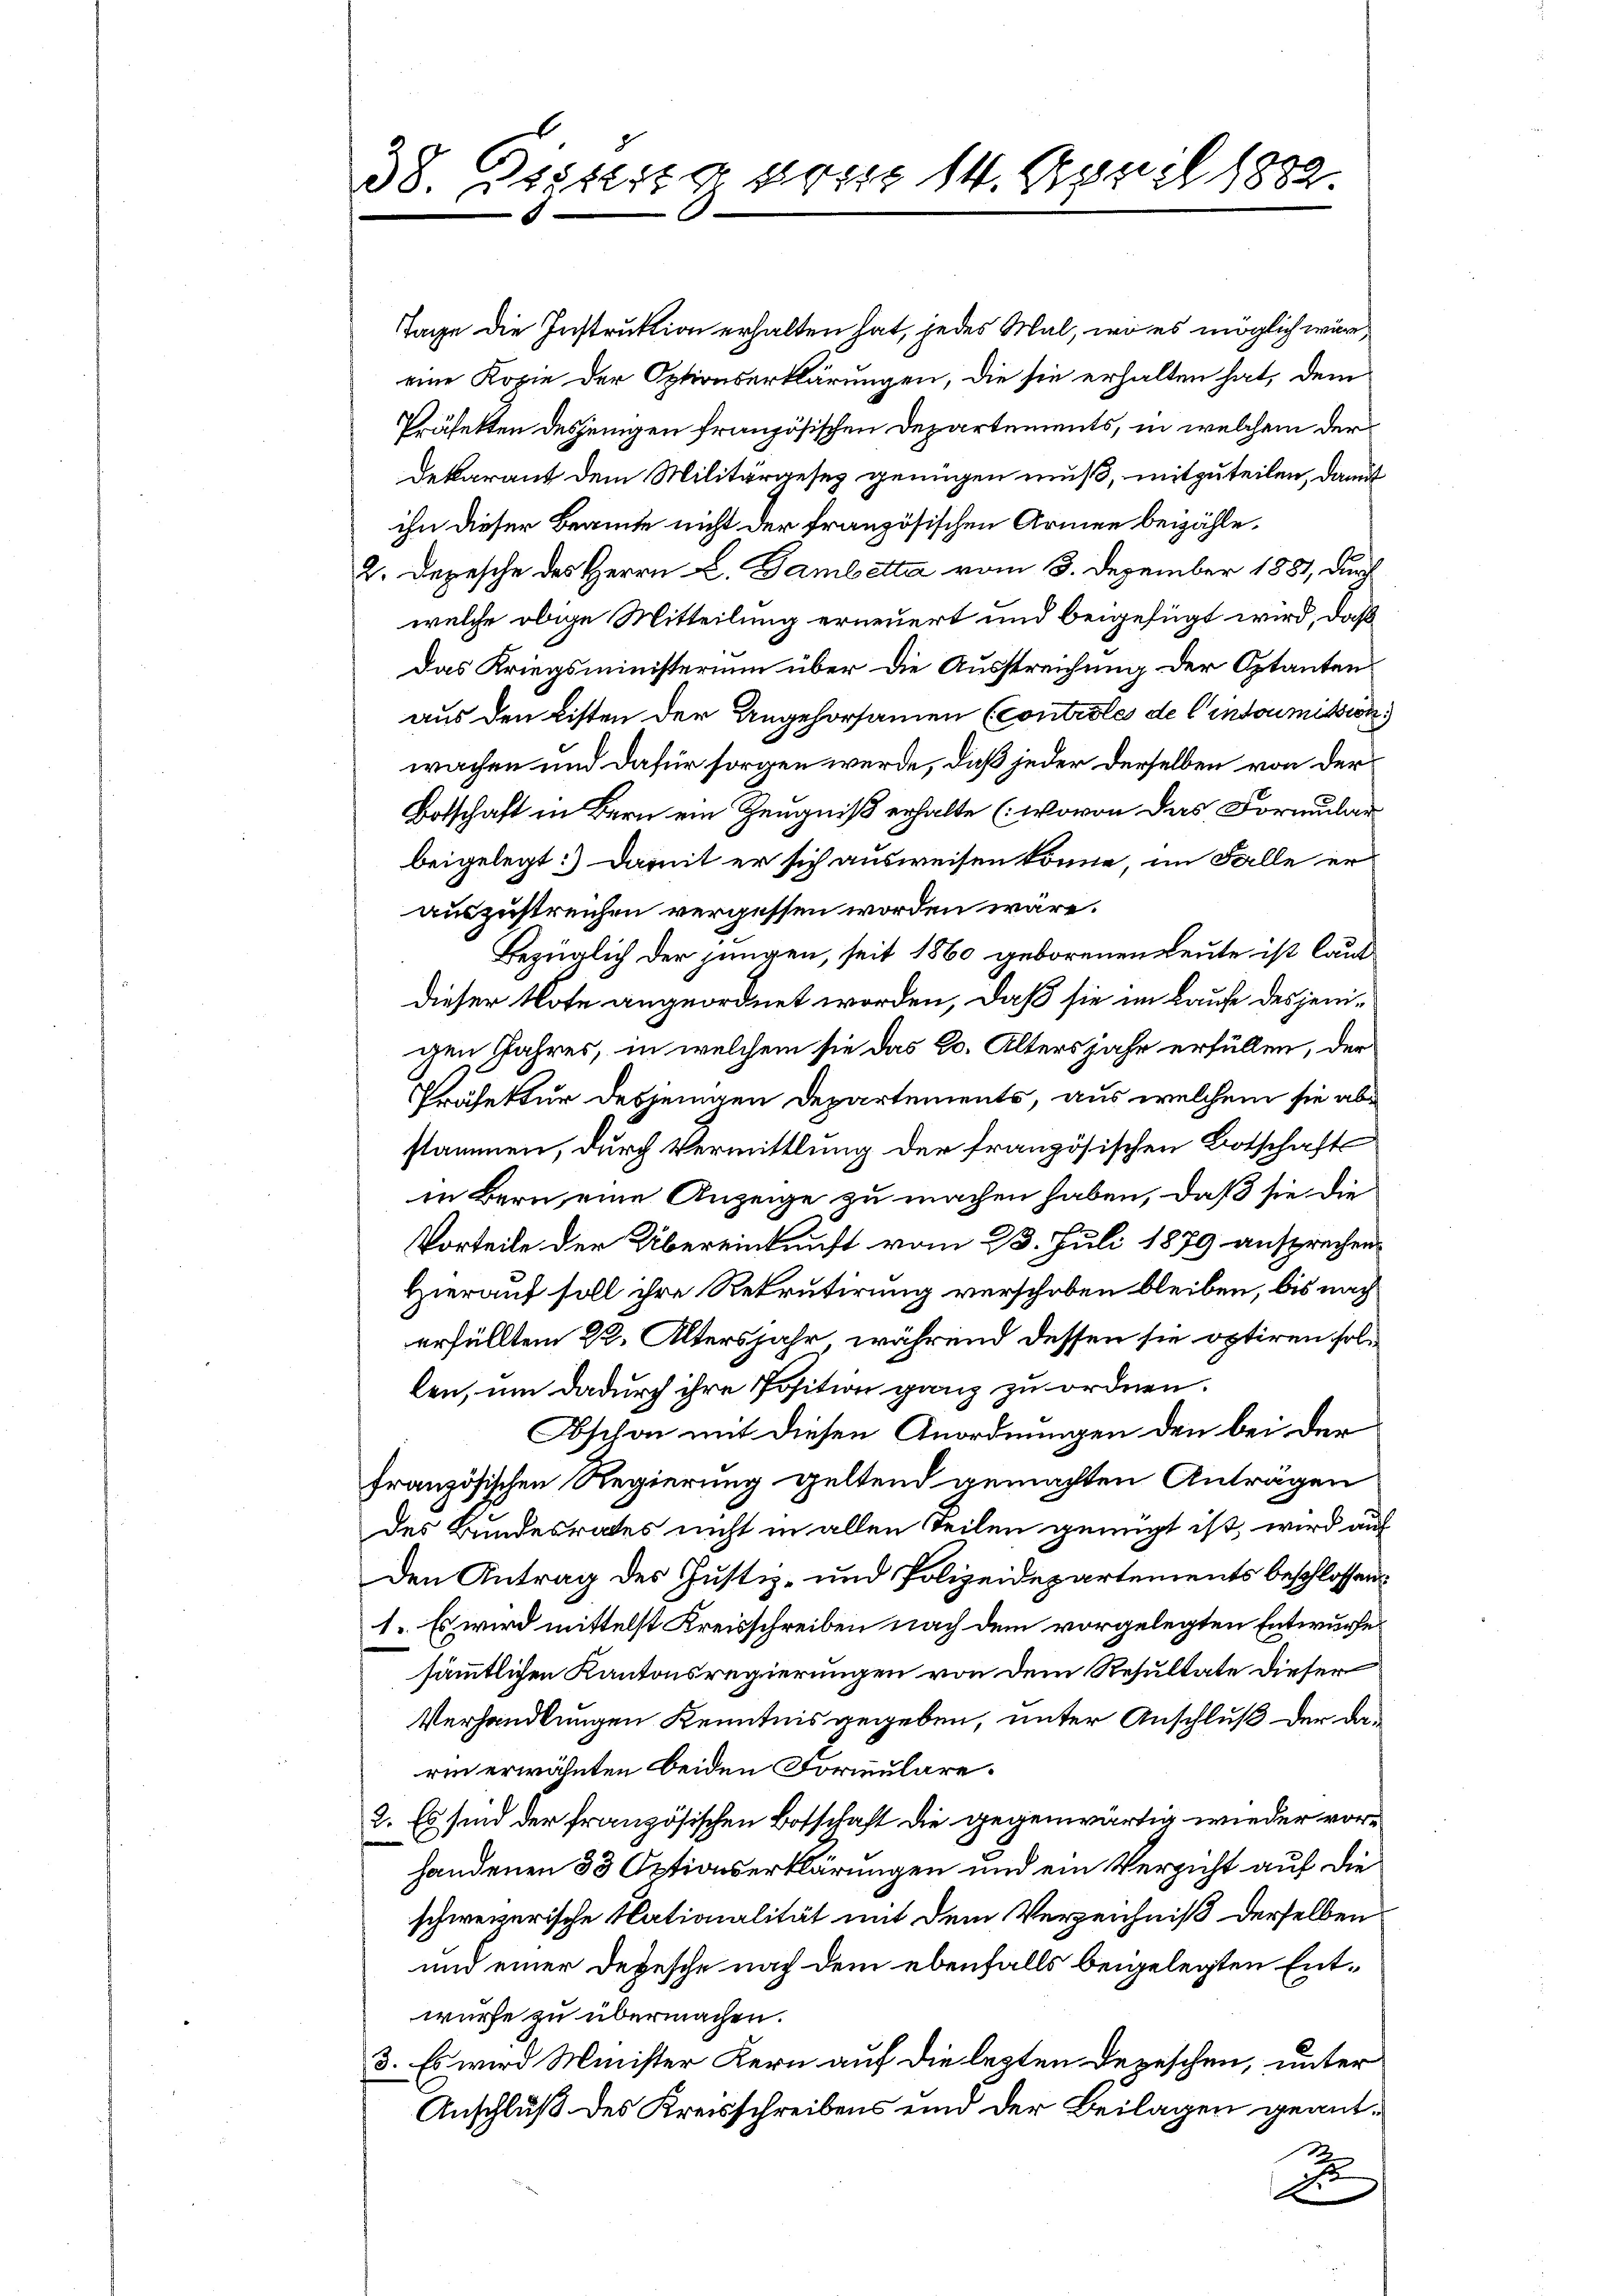
38. Distung von 14. April 1882

Tage die Instruktion erhalten hat, jedes Mal, wo es möglich wäre,
eine Kopie der Optionserklärungen, die sie erhalten hat, dem
Präfekten desjenigen französischen Departements, in welchem der
Dekarant dem Militärgesez genügen muß, mitzuteilen, damit
ihn dieser Beamte nicht der französischen Armen beizähle.
2. Depesche des Herrn L. Bambetta vom 3. Dezember 1881, durch
welche obige Mitteilung erneuert und beigefügt wird, daß
Das Kriegsministerium über die Ausstreichung der Optanten
aus den Listen der Angehorsamen (Controles de l’intoumission
wachen und dafür sorgen werde, daß jeder derselben von der
Botschaft in Bern ein Zeugniß erhalte (wovon das Formulier
beigelegt: Damit er sich ausweisen könne, im Falle er
auszustreichen vergessen worden wäre.
Bezüglich der jungen, seit 1860 geborenen Leute ist laut
dieser Note angeordnet worden, daß sie im Laufe desjenigen Jahres, in welchem sie das 20. Altersjahr erfüllen, der
Präfektur desjenigen Departements, aus welchem sie abstammen, durch Vermittlung der französischen Botschaft
in Bern eine Anzeige zu machen haben, daß sie die
Vorteile der Übereinkunft vom 23. Juli 1879 ansprechens
Hierauf soll ihre Rekrutirung verschoben bleiben, bis nach
erfülltem 22. Altersjahr, während dessen sie optiren sollen, um dadurch ihre Position ganz zu ordnen.
Oschon mit diesen Anordnungen den bei der
französischen Regierung geltend gemachten Anträgen
des Bundesrates nicht in allen Teilen genügt ist, wird auf
Den Antrag des Justiz- und Polizeidepartements beschlossen
1. Es wird mittelst Kreisschreiben nach dem vorgelegten Entwurfe
sämmtlichen Kantonsregierungen von dem Resultate dieser
Verhandlungen Kenntnis gegeben, unter Anschluß der darin erwähnten beiden Formulare.
2. Es sind der französischen Botschaft die gegenwärtig wieder vorhandenen 33 Optionserklärungen und ein Verzicht auf die
schwererische Nationalität mit dem Verzeichniß derselben
und einer Depesche nach dem ebenfalls beigelegten Entwürfe zu übermachen.
3. Es wird Minister Kern auf die lezten Depeschen, unter
Anschluß des Kreisschreibens und der Beilagen geant¬
2
d.